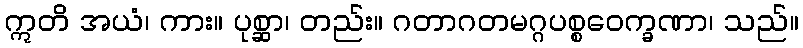
ဣတိ အယံ၊ ကား။ ပုစ္ဆာ၊ တည်း။ ဂတာဂတမဂ္ဂပစ္စဝေက္ခဏာ၊ သည်။